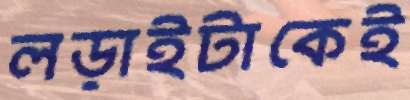
লড়াইটাকেই